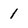
Character: 1